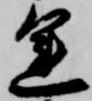
運